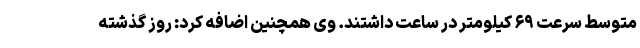
متوسط سرعت ۶۹ کیلومتر در ساعت داشتند. وی همچنین اضافه کرد: روز گذشته